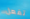
تفعل